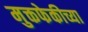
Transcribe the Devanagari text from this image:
मुक्तफेकीच्या